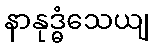
နာနုဒ္ဓံသေယျ